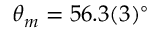
\theta _ { m } = 5 6 . 3 ( 3 ) ^ { \circ }